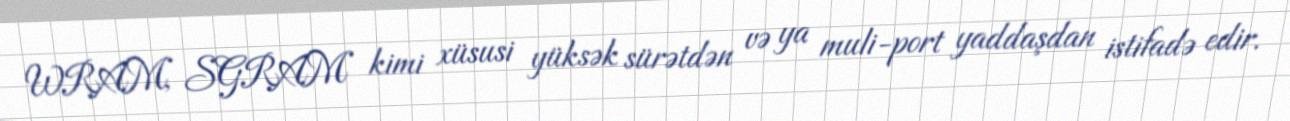
WRAM, SGRAM kimi xüsusi yüksək sürətdən və ya muli-port yaddaşdan istifadə edir.